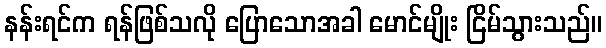
နန်းရင်က ရန်ဖြစ်သလို ပြောသောအခါ မောင်မျိုး ငြိမ်သွားသည်။